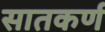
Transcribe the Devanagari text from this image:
सातकर्ण